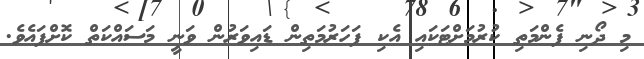
މި ދޯނި ފެންމަތި ކުރުމަށްޓަކައި އެކި ފަހަރުމަތިން ޑައިވަރުން ވަނީ މަސައްކަތް ކޮށްފައެވެ.